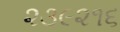
૨૩૯૨૧૬